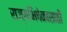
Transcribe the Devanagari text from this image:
राज्यभिषेकासाठी